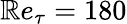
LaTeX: \mathbb{R}e_{\tau}=180